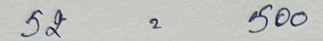
52 = 500